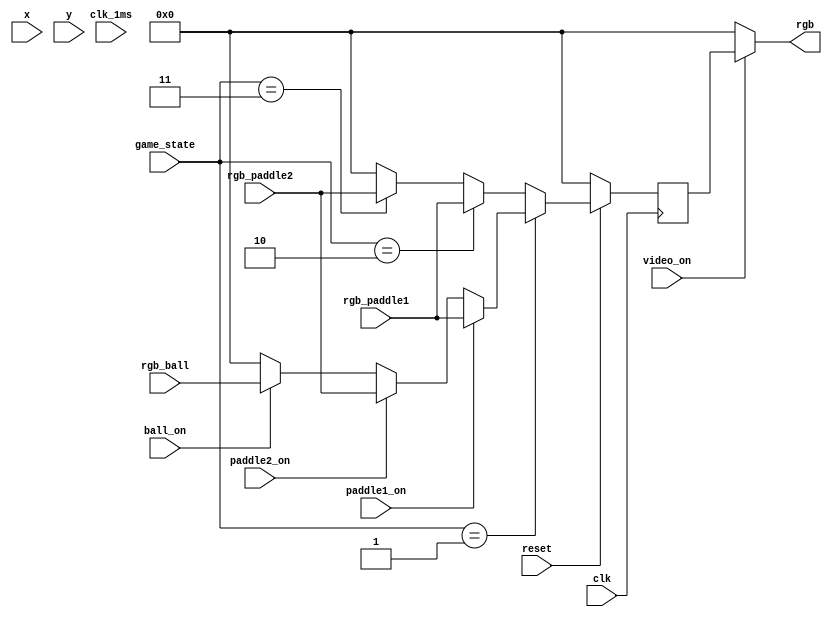

// Module for toggling the VGA output
module render(
// Initialising the VGA display
	input clk, reset,
	input [9:0] x, y,
	input video_on,
	output [11:0]rgb,
	input clk_1ms,
	input paddle1_on, paddle2_on, ball_on, 
	input [11:0]rgb_paddle1, rgb_paddle2, rgb_ball,
	input [1:0] game_state
	);
	
	reg [11:0] rgb_reg;
	localparam H_ACTIVE	= 640;
	localparam V_ACTIVE	= 480;
	localparam zero		= 0;
	localparam X_blocksize = 50; 
	localparam Y_blocksize = 50;
	reg [9:0] x_block = H_ACTIVE/2, y_block=V_ACTIVE/2;
	
	// Initialising the RGB
	
	always @(posedge clk)
	begin
	if (!reset)
		rgb_reg <= 0;
	else
		begin
			if (game_state == 2'b01)
			begin
				if (paddle1_on)
					rgb_reg <= rgb_paddle1; // configuring the rackets
				else if (paddle2_on)
					rgb_reg <= rgb_paddle2;
				else if (ball_on)
					rgb_reg <= rgb_ball;
				else
					rgb_reg <= 12'b000000000000;
			end
			else if (game_state == 2'b10)
				rgb_reg <= rgb_paddle1;
			else if (game_state == 2'b11)
				rgb_reg <= rgb_paddle2;
			else rgb_reg <= 0;
		end
	end
	assign rgb = (video_on) ? rgb_reg : 8'b0;
	
endmodule
// Ending the module declaration